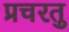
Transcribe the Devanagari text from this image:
प्रचरतु